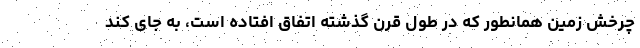
چرخش زمین همانطور که در طول قرن گذشته اتفاق افتاده است، به جای کند